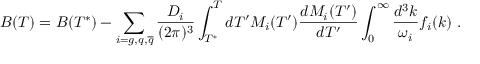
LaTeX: B ( T ) = B ( T ^ { * } ) - \sum _ { i = g , q , { \overline { { q } } } } \frac { D _ { i } } { ( 2 \pi ) ^ { 3 } } \int _ { T ^ { * } } ^ { T } d T ^ { \prime } M _ { i } ( T ^ { \prime } ) \frac { d M _ { i } ( T ^ { \prime } ) } { d T ^ { \prime } } \int _ { 0 } ^ { \infty } \frac { d ^ { 3 } k } { \omega _ { i } } f _ { i } ( k ) \ .